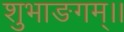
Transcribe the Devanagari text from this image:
शुभाङगम्।।